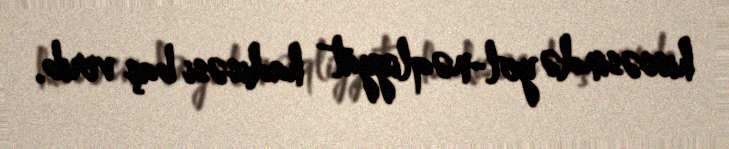
hissəsində yol-nəqliyyat hadisəsi baş verib.